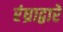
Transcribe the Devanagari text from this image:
रंध्राद्वारे